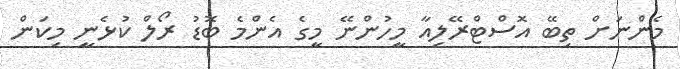
މެންނަށް ތިބޭ އޮސްޓްރޭލިއާ މީހުންނޭ މީގެ އެންމެ ބޮޑު ރޯލް ކުޅެނީ މިކަން